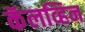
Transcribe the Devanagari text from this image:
कॅलव्हिन